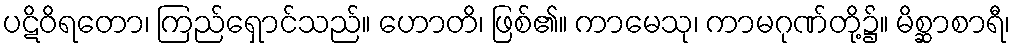
ပဋိဝိရတော၊ ကြည်ရှောင်သည်။ ဟောတိ၊ ဖြစ်၏။ ကာမေသု၊ ကာမဂုဏ်တို့၌။ မိစ္ဆာစာရီ၊